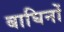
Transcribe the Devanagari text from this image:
बाघिनों